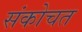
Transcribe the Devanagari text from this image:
संकोचत